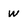
Character: w